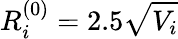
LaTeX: R_{i}^{(0)}=2.5\sqrt{V_{i}}